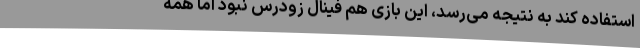
استفاده کند به نتیجه می‌رسد، این بازی هم فینال زودرس نبود اما همه